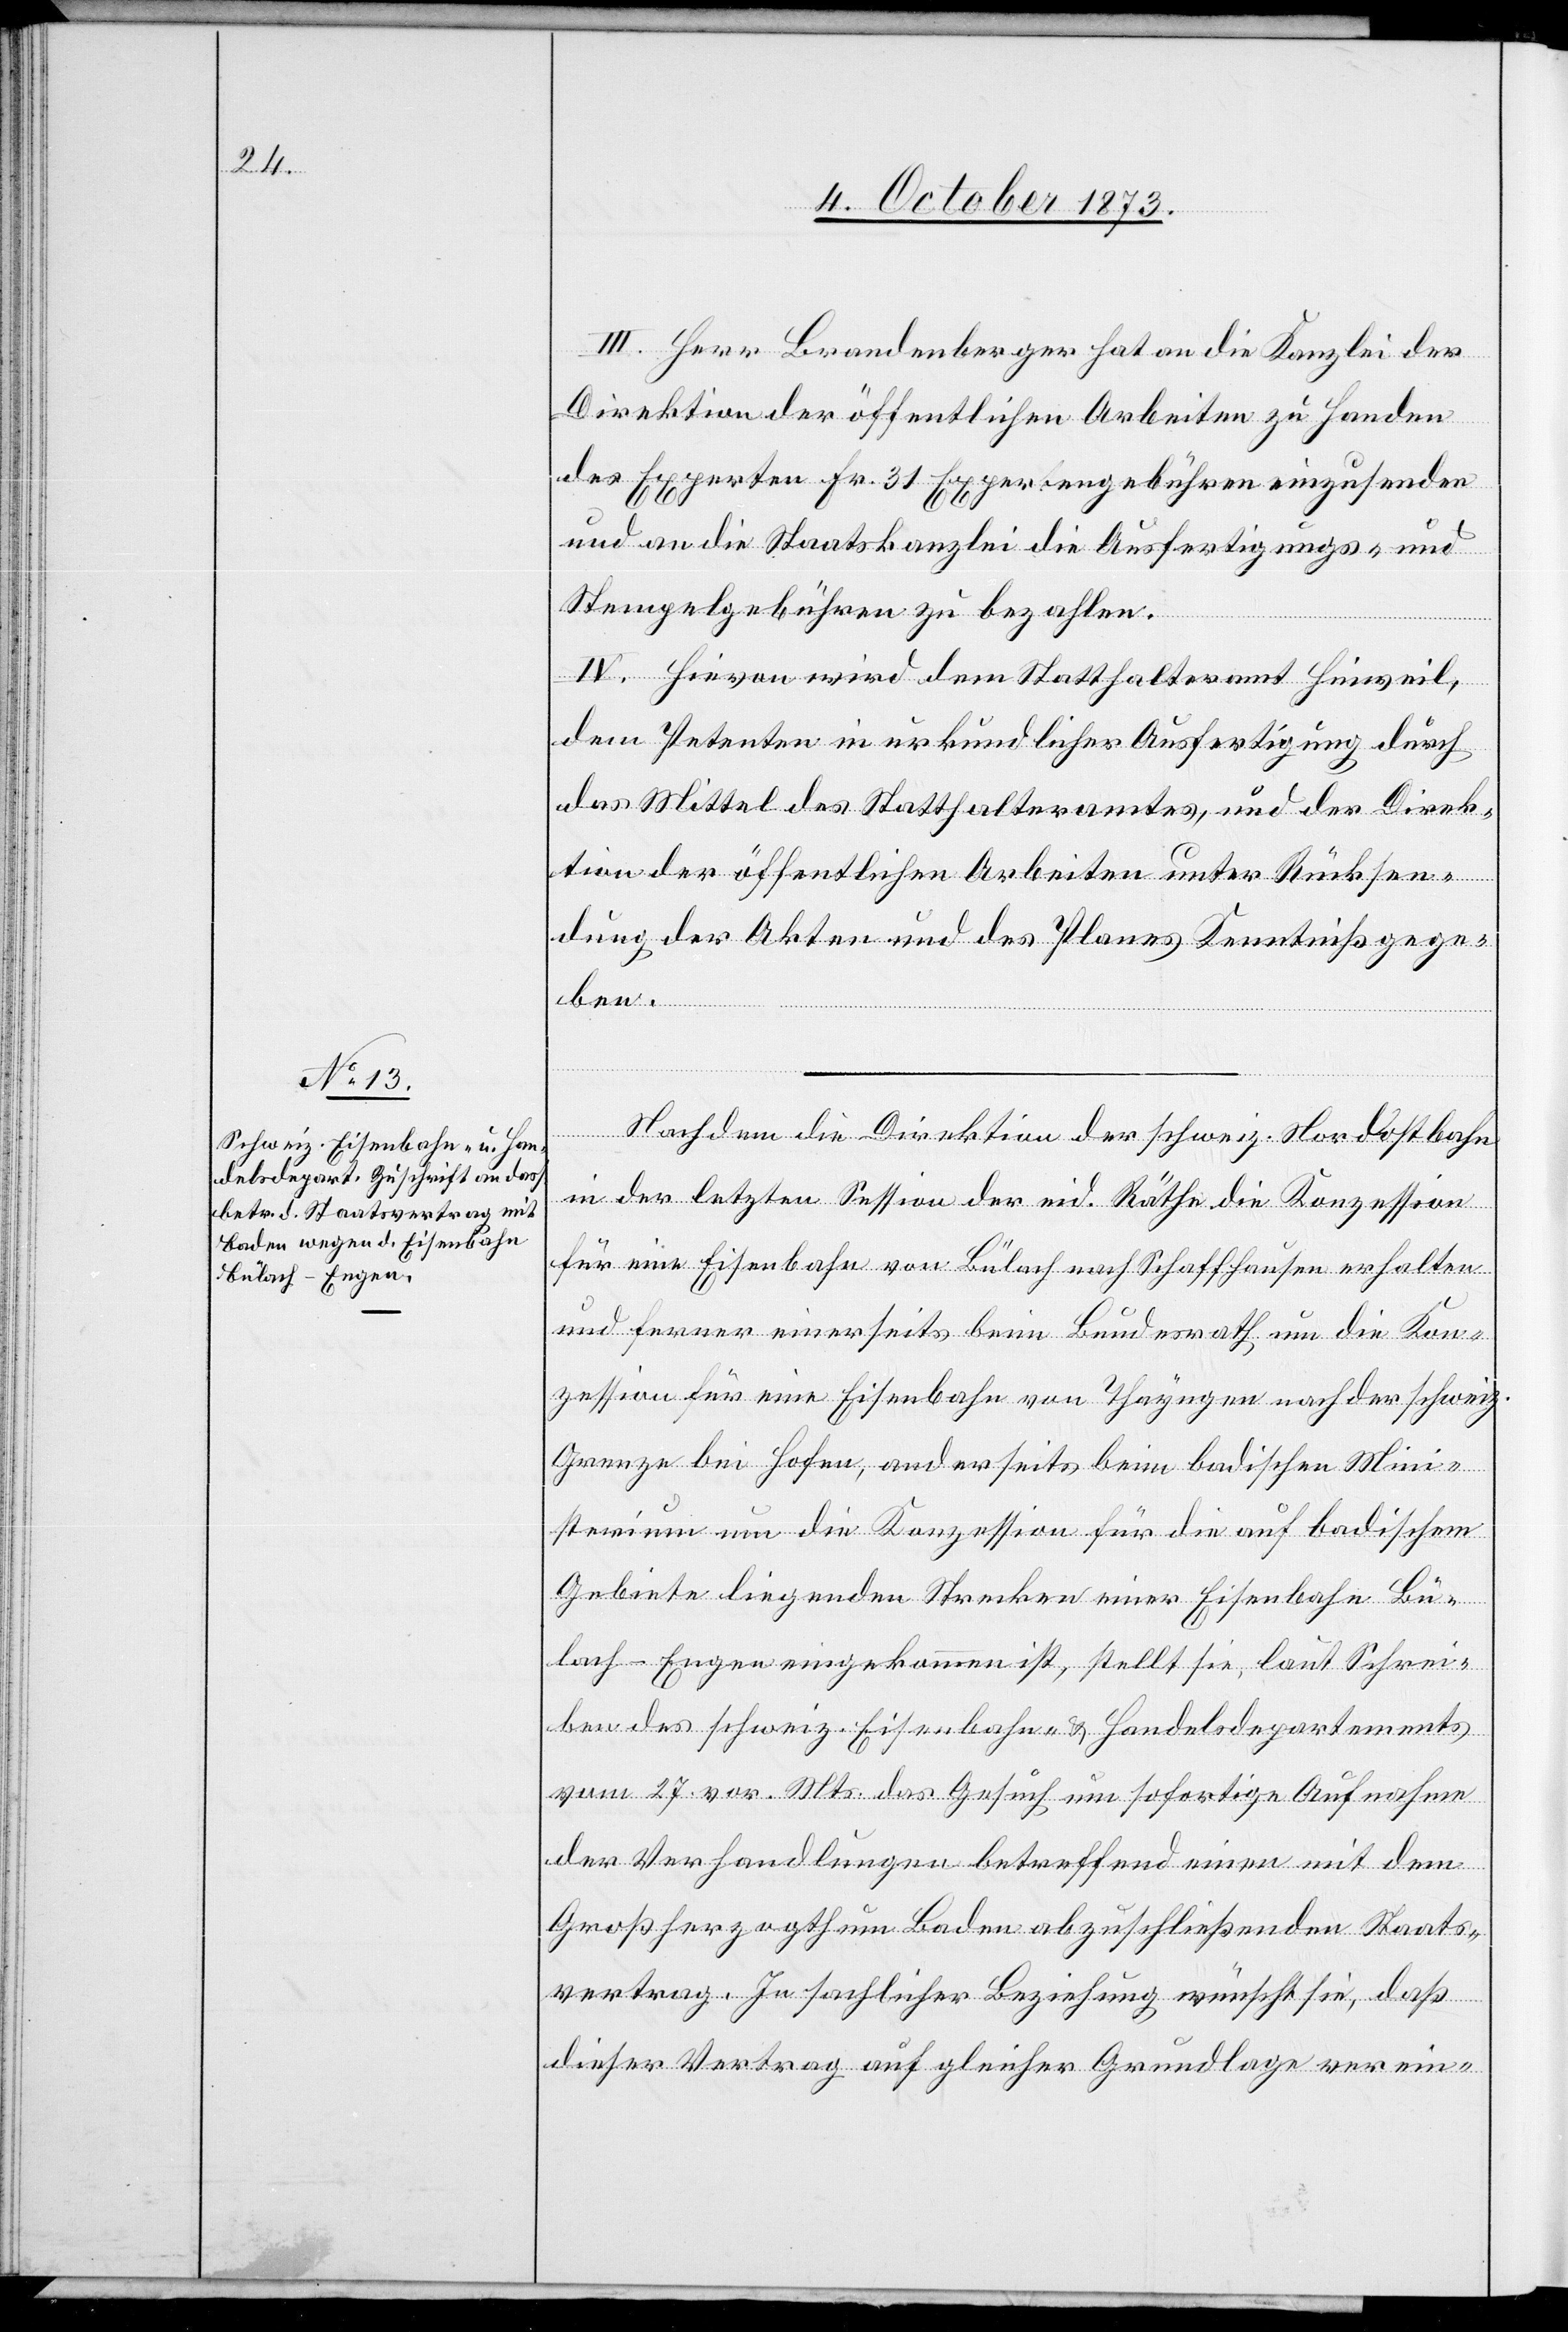
III. Herr Brandenberger hat an die Kanzlei der
Direktion der öffentlichen Arbeiten zu Handen
des Experten Fr. 31 Expertengebühren einzusenden
und an die Staatskanzlei die Ausfertigungs- und
Stempelgebühren zu bezahlen.
IV. Hievon wird dem Statthalteramt Hinweil,
dem Petenten in urkundlicher Ausfertigung durch
das Mittel des Statthalteramtes, und der Direk¬
tion der öffentlichen Arbeiten unter Rücksen¬
dung der Akten und des Planes Kenntniß gege¬
ben.
Nachdem die Direktion der schweiz. Nordostbahn
in der letzten Session der eid. Räthe die Konzession
für eine Eisenbahn von Bülach nach Schaffhausen erhalten
und ferner einerseits beim Bundesrath um die Kon¬
zession für eine Eisenbahn von Thayngen nach der schweiz.
Grenze bei Hofen, anderseits beim badischen Mini¬
sterium um die Konzession für die auf badischem
Gebiete liegenden Strecken einer Eisenbahn Bü¬
lach–Engen eingekommen ist, stellt sie, laut Schrei¬
ben des schweiz. Eisenbahn- & Handelsdepartements
vom 27. vor. Mts. das Gesuch um sofortige Aufnahme
der Verhandlungen betreffend einen mit dem
Großherzogthum Baden abzuschließenden Staats¬
vertrag. In sachlicher Beziehung wünscht sie, daß
dieser Vertrag auf gleicher Grundlage verein-